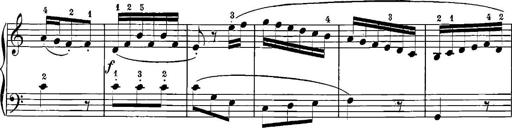
Title: 12 Sonatinas
Composer: Ignaz Pleyel